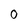
Character: 0